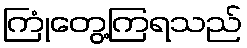
ကြုံတွေ့ကြရသည်